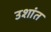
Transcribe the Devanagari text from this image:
उशांत